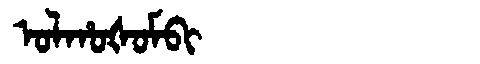
Manchu: ᠣᠯᡥᠣᡧᠣᠮᠪᡳ
Romanization: OLHOŠOMBI